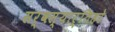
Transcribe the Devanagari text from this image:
सर्वस्यार्तिहरे